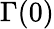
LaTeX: \Gamma(0)